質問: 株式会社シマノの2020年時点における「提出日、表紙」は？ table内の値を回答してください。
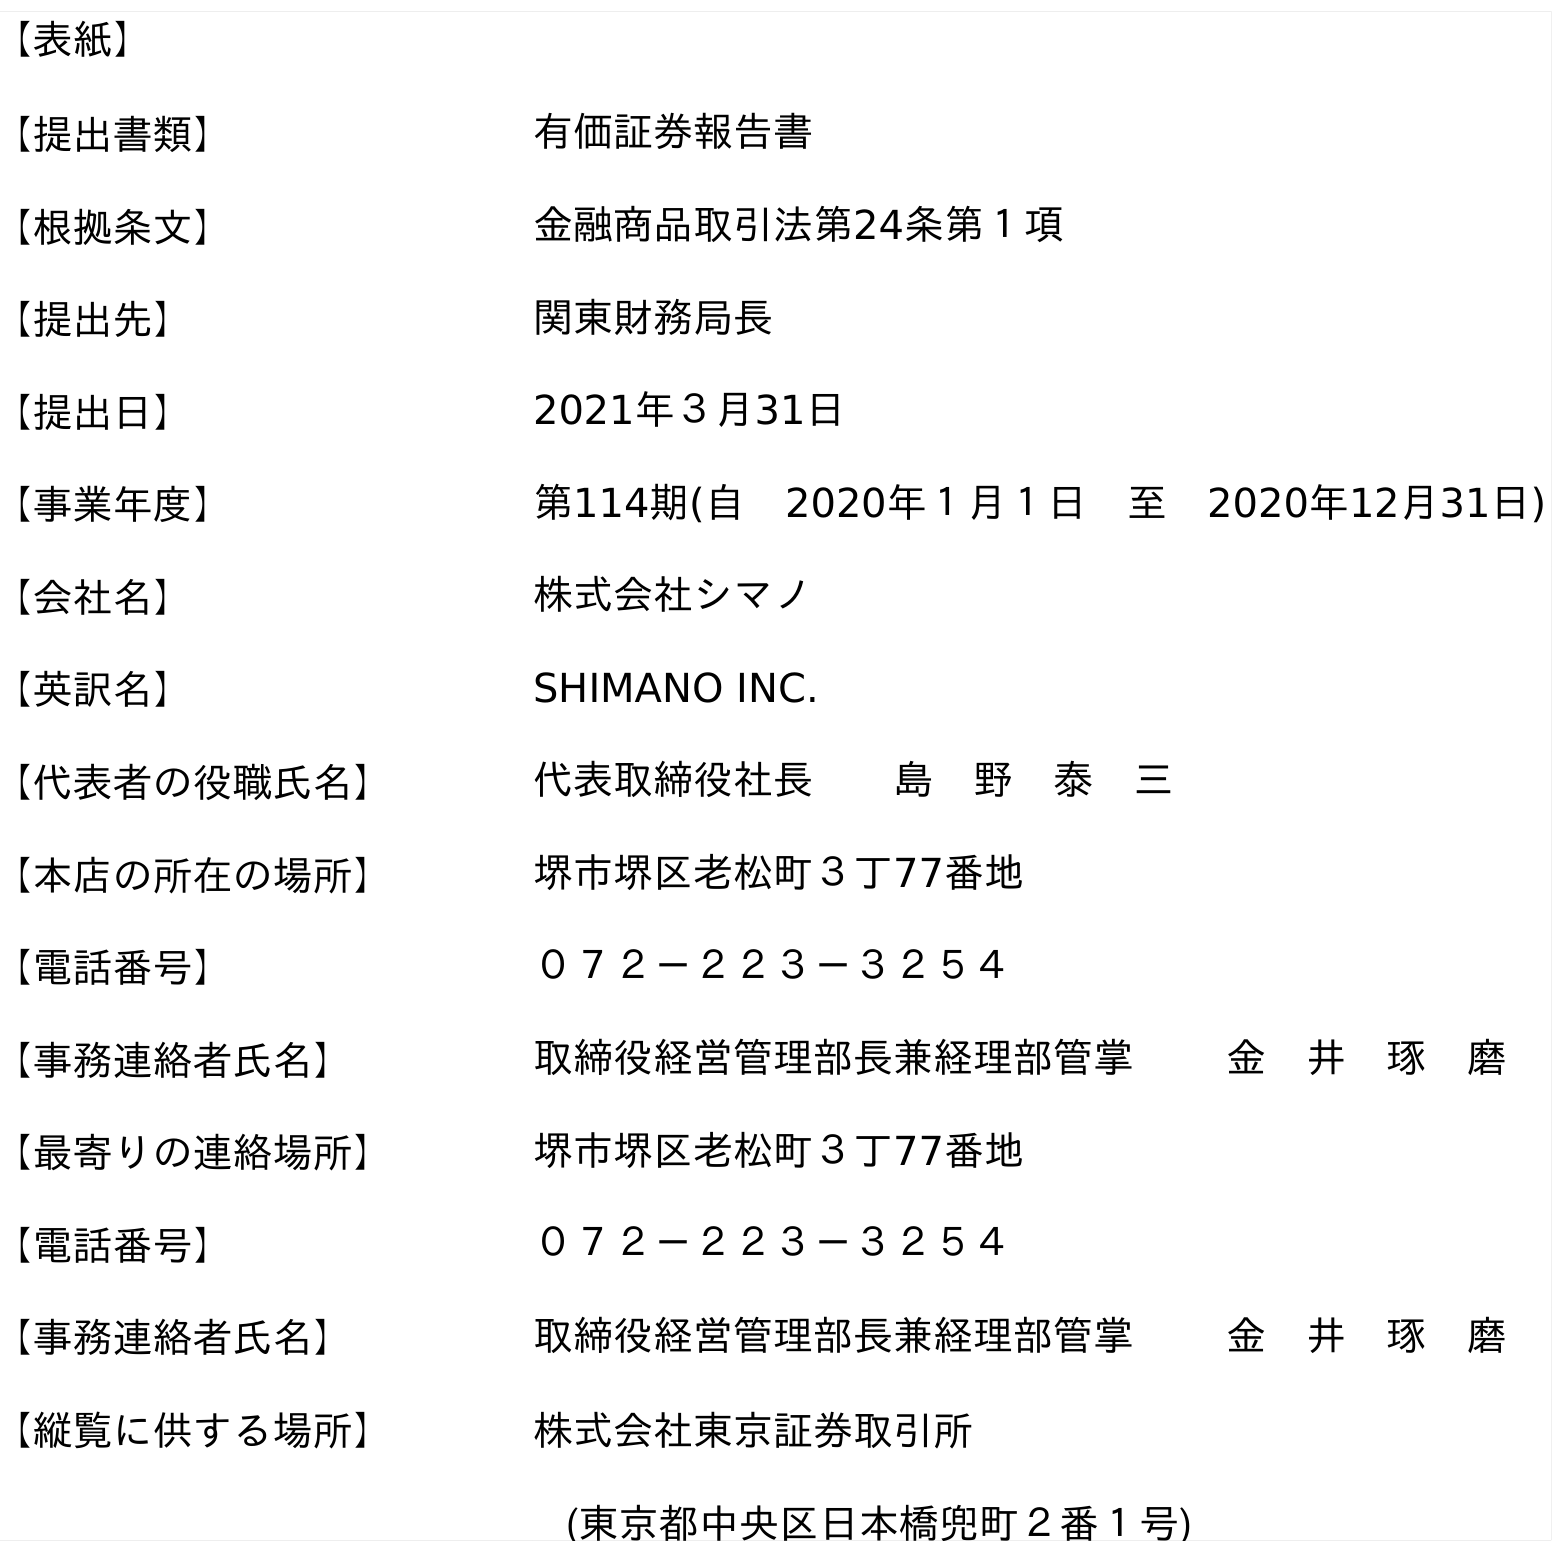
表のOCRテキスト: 【表紙】 【提出書類】 有価証券報告書 【根拠条文】 金融商品取引法第24条第１項 【提出先】 関東財務局長 【提出日】 2021年３月31日 【事業年度】 第114期(自 2020年１月１日 至 2020年12月31日) 【会社名】 株式会社シマノ 【英訳名】 SHIMANO INC. 【代表者の役職氏名】 代表取締役社長  島 野 泰 三 【本店の所在の場所】 堺市堺区老松町３丁77番地 【電話番号】 ０７２－２２３－３２５４ 【事務連絡者氏名】 取締役経営管理部長兼経理部管掌   金 井 琢 磨 【最寄りの連絡場所】 堺市堺区老松町３丁77番地 【電話番号】 ０７２－２２３－３２５４ 【事務連絡者氏名】 取締役経営管理部長兼経理部管掌   金 井 琢 磨 【縦覧に供する場所】 株式会社東京証券取引所 (東京都中央区日本橋兜町２番１号)
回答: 2021年３月31日